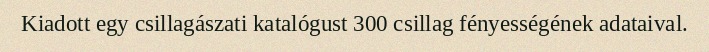
Kiadott egy csillagászati katalógust 300 csillag fényességének adataival.